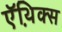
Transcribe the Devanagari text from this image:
ऍथ़िक्स